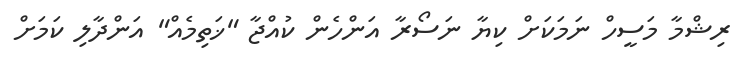
ރިޝްމާ މަސީހް ނަމަކަށް ކިޔާ ނަސޯރާ އަންހެން ކުއްޖާ "ޚަތިމެއް" އަންދާލި ކަމަށް